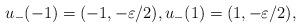
LaTeX: \begin{align*}u_-(-1) = (-1,-\varepsilon/2), u_-(1) = (1,-\varepsilon/2),\end{align*}